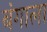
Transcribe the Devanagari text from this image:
बंगाला